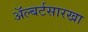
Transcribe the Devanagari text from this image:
अॅल्बर्टसारखा